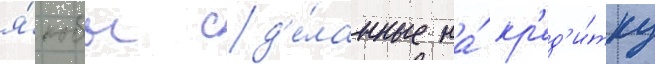
я́кобы сд'е́ланные на́ кр'ед'и́тку